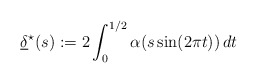
\begin{align*} \underline{\delta}^\star(s) := 2\int_{0}^{1/2} \alpha(s \sin(2\pi t))\,dt \end{align*}